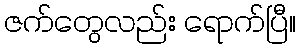
ဇက်တွေလည်း ရောက်ပြီ။